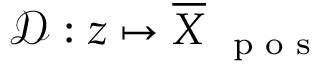
\mathcal D : \boldsymbol z \mapsto \overline { { \boldsymbol X } } _ { \mathrm { ~ \scriptsize ~ p ~ o ~ s ~ } }